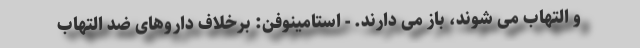
و التهاب می شوند، باز می دارند. - استامینوفن: برخلاف داروهای ضد التهاب